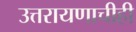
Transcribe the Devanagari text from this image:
उत्तरायणाचीही